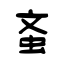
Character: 蚉